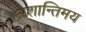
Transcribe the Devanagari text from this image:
अशान्तिमय